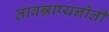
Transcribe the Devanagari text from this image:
तावन्नाप्यनोती